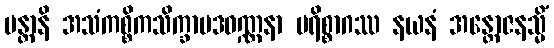
ပန္တာနိ အသံကစ္စိကသိက္ခာပဒဝဏ္ဏနာ ပရိစ္စာဂဿ နယနံ အန္တောဇနသ္မိံ